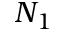
N _ { 1 }